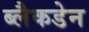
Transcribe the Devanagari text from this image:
ब्लैकडेन